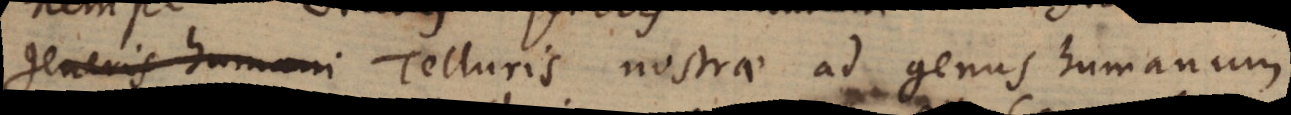
generis humani Telluris nostra ad genus humanum